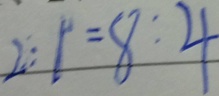
2 : 1 = 8 : 4